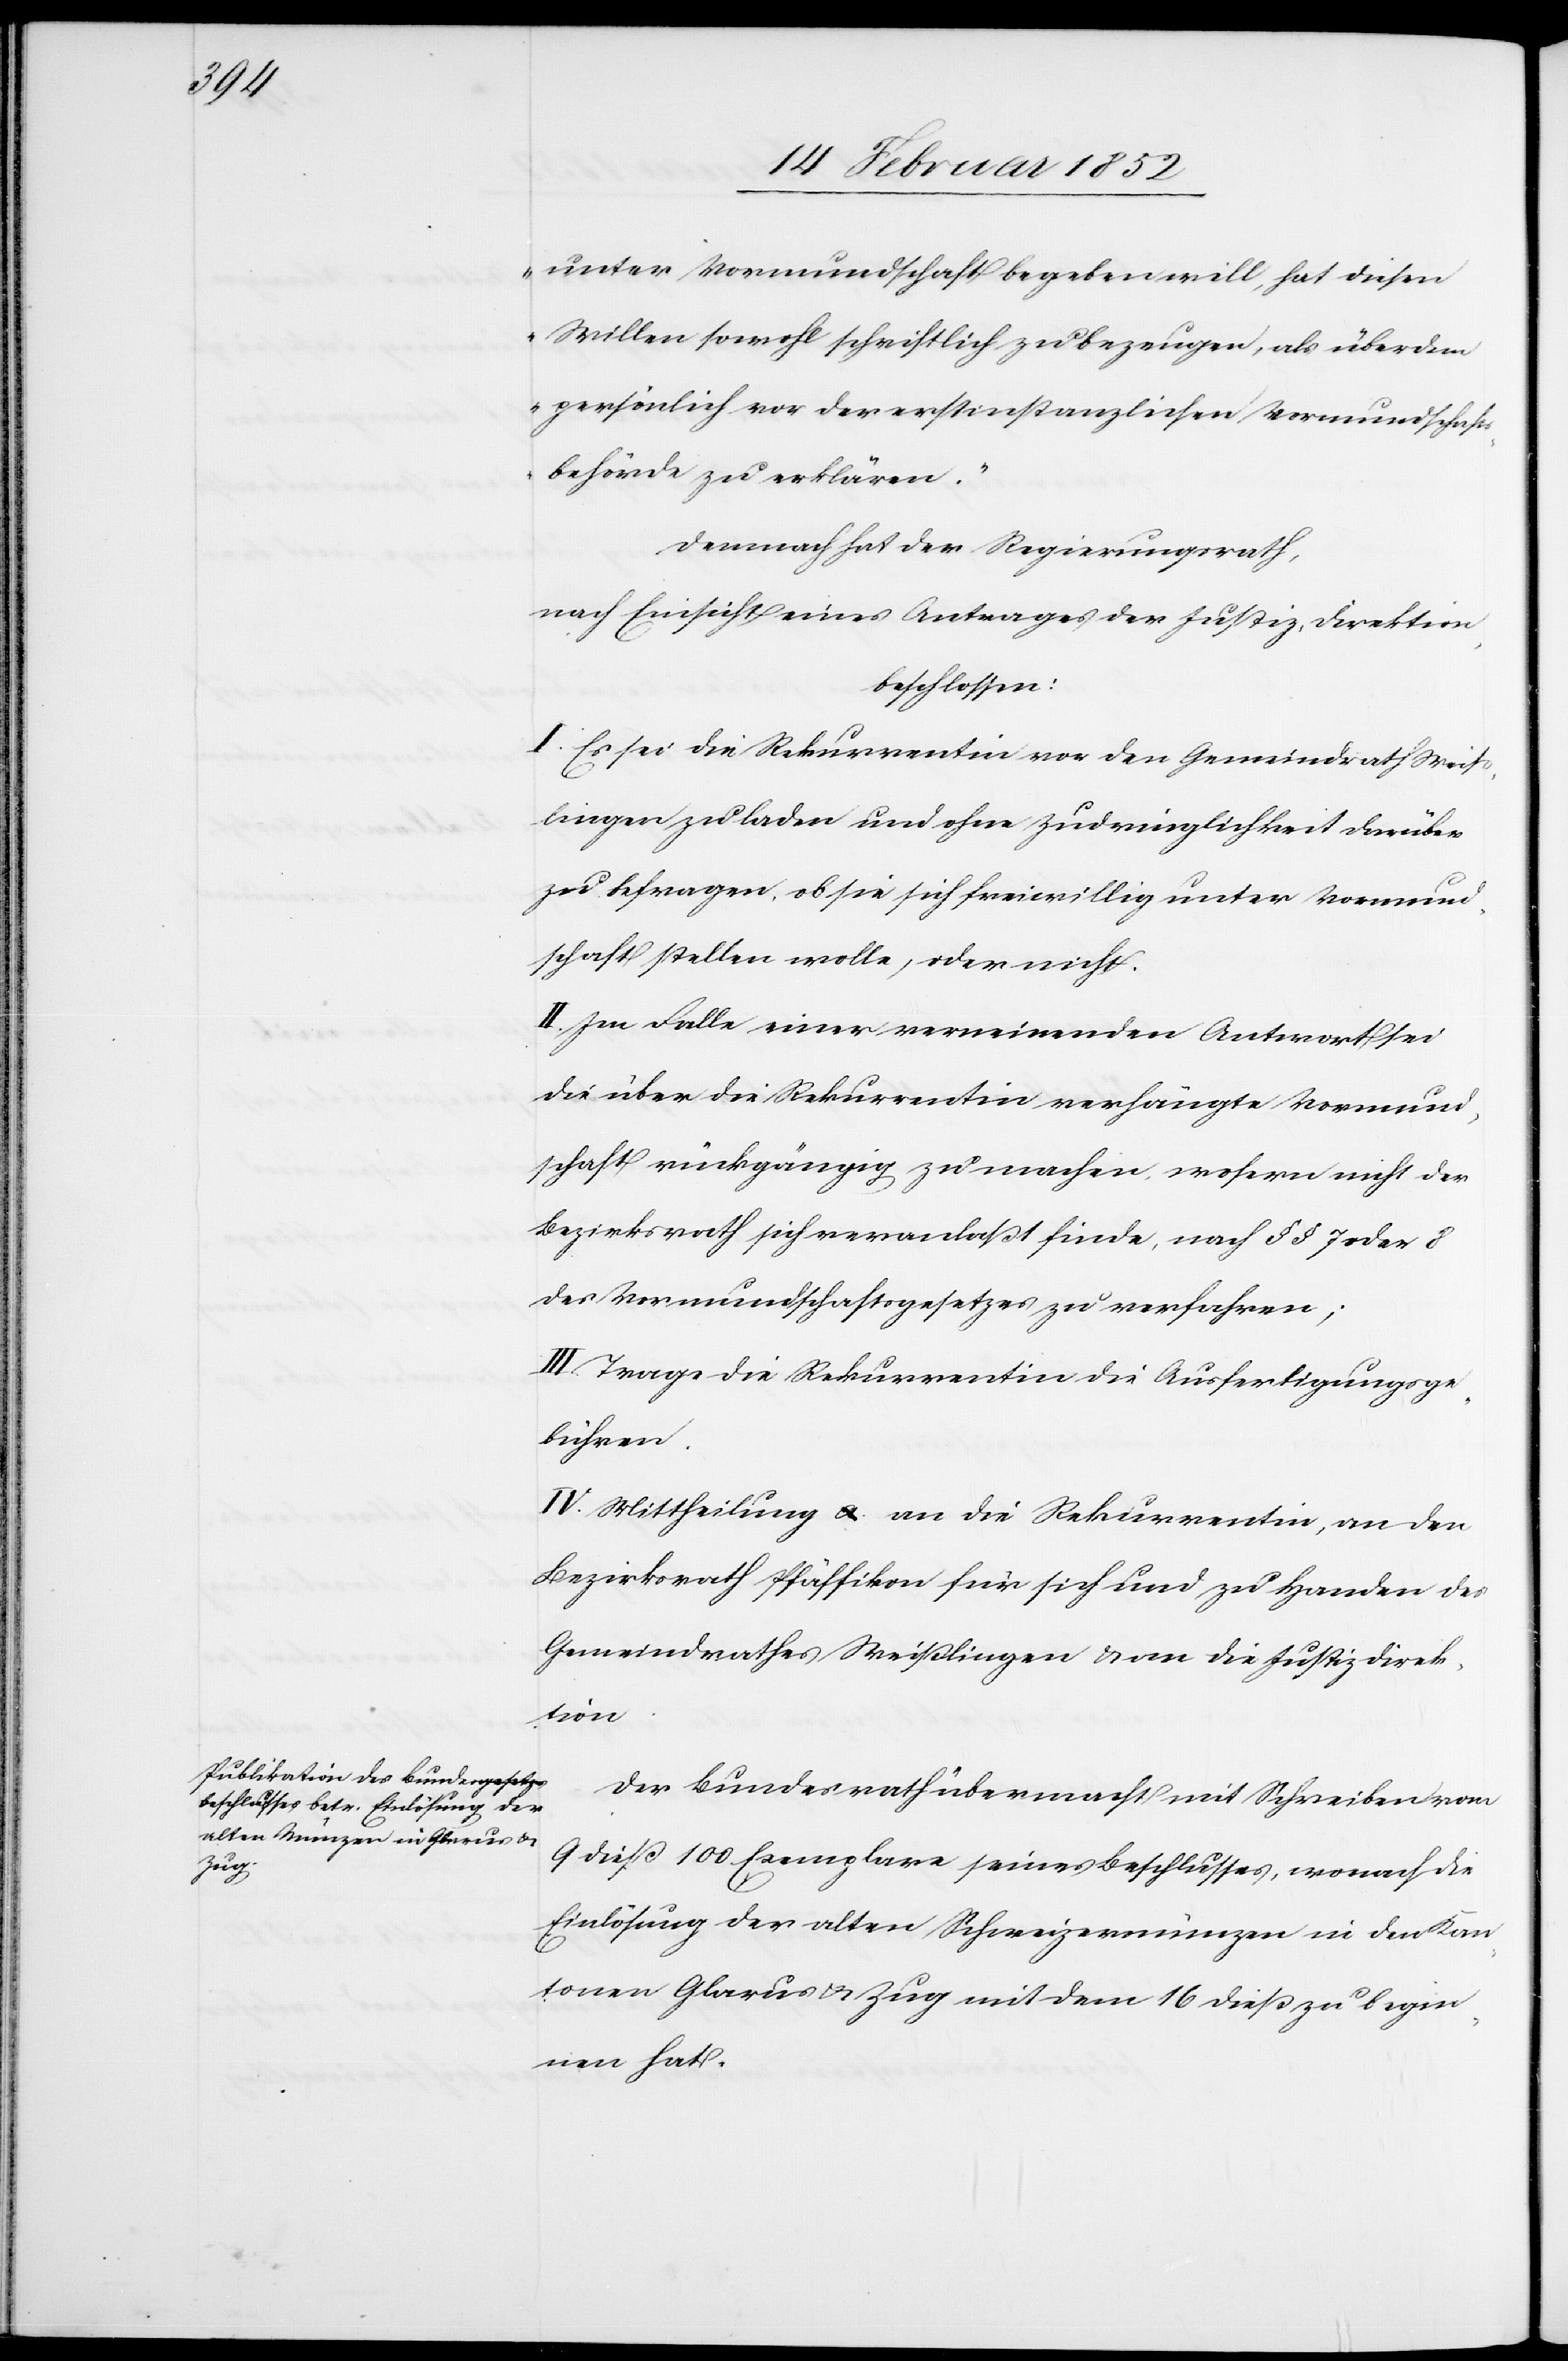
unter Vormundschaft begeben will, hat diesen
Willen sowohl schriftlich zu bezeugen, als überdem
persönlich vor der erstinstanzlichen Vormundschafts¬
behörde zu erklären.“
Demnach hat der Regierungsrath,
nach Einsicht eines Antrages der Justizdirektion,
beschlossen:
I. Es sei die Rekurrentin vor den Gemeindrath Weiß¬
lingen zu laden und ohne Zudringlichkeit darüber
zu befragen, ob sie sich freiwillig unter Vormund¬
schaft stellen wolle, oder nicht.
II. Im Falle einer verneinenden Antwort sei
die über die Rekurrentin verhängte Vormund¬
schaft rückgängig zu machen, wofern nicht der
Bezirksrath sich veranlaßt finde, nach §§ 7 oder 8
des Vormundschaftsgesetzes zu verfahren;
III. Trage die Rekurrentin die Ausfertigungsge¬
bühren.
IV. Mittheilung an die Rekurrentin, an den
Bezirksrath Pfäffikon für sich und zu Handen des
Gemeindrathes Weißlingen u. an die Justizdirek¬
tion.
Der Bundesrath übermacht mit Schreiben vom
9 dieß 100 Exemplare seines Beschlusses, wonach die
Einlösung der alten Schweizermünzen in den S¬
tänden Glarus u. Zug mit dem 16 dieß zu begin¬
nen hat.